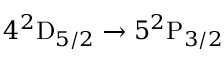
4 ^ { 2 } \mathrm { D } _ { 5 / 2 } \rightarrow 5 ^ { 2 } \mathrm { P } _ { 3 / 2 }